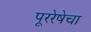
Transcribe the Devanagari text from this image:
पूररेषेचा